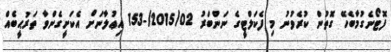
ފޮޓޯނެގުމާބެހޭ ގޮތުން ކުރެވުނު މި ފެކަލްޓީގެ ނަންބަރު 2015/02/-153 އިޢުލާނަށް އެކަށީގެންވާ ތަރުޙީބެއް